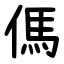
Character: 傌